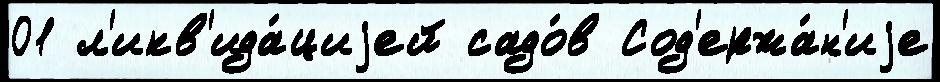
01 л'икв'ида́циjей садо́в Сод'ержа́н'иjе